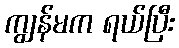
ကျွန်မက ရယ်ပြီး